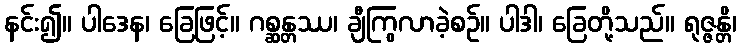
နင်း၍။ ပါဒေန၊ ခြေဖြင့်။ ဂစ္ဆန္တဿ၊ ချီကြွလာခဲ့စဉ်။ ပါဒါ၊ ခြေတို့သည်။ ရုဇ္ဇန္တိ၊